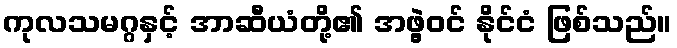
ကုလသမဂ္ဂနှင့် အာဆီယံတို့၏ အဖွဲ့ဝင် နိုင်ငံ ဖြစ်သည်။